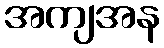
အကျအန